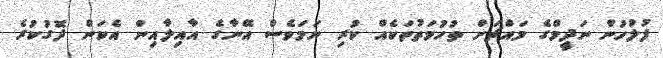
ފުލުހުން ނަދީމްގެ މައްޗަށް ތުހުމަތުތަކެއް ކުރި ނަމަވެސް އޭނާގެ އާއިލާއިން އެކަން ދޮގުކުރެ